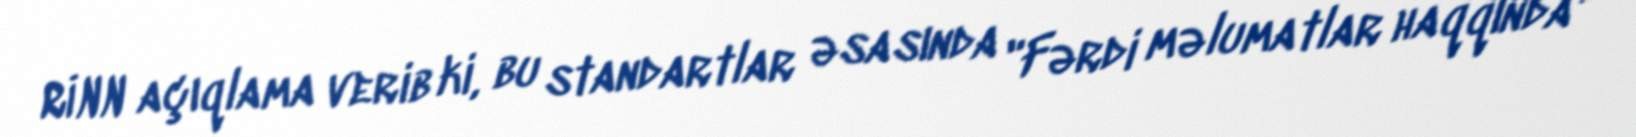
RİNN açıqlama verib ki, bu standartlar əsasında "Fərdi məlumatlar haqqında"